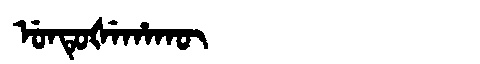
Manchu: ᡠᠨᡨᡠᡧᡝᡥᠠᡴᡡ
Romanization: UNTUŠEHAKŪ